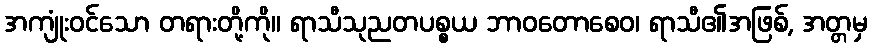
အကျုံးဝင်သော တရားတို့ကို။ ရာသီသုညတပစ္စယ ဘာဝတောစေဝ၊ ရာသီ၏အဖြစ်, အတ္တမှ